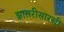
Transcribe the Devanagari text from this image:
झालरीसारखी